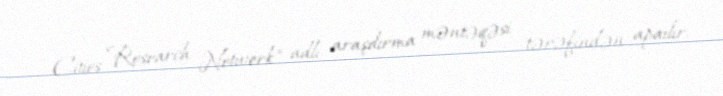
Cities Research Network" adlı araşdırma məntəqəsi tərəfindən apaılır.